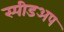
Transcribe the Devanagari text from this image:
स्पीडअप